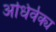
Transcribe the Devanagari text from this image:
अधिर्वक्य